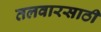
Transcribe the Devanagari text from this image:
तलवारसाठी